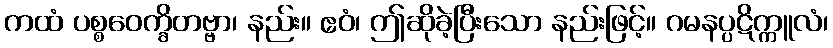
ကထံ ပစ္စဝေက္ခိတဗ္ဗာ၊ နည်း။ ဧဝံ၊ ဤဆိုခဲ့ပြီးသော နည်းဖြင့်။ ဂမနပ္ပဋိက္ကူလံ၊